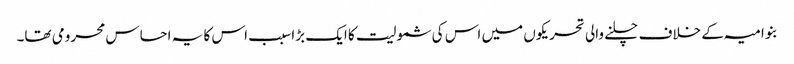
بنو امیہ کے خلاف چلنے والی تحریکوں میں اس کی شمولیت کا ایک بڑا سبب اس کا یہ احساس محرومی تھا۔